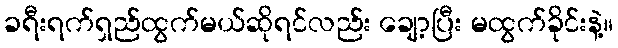
ခရီးရက်ရှည်ထွက်မယ်ဆိုရင်လည်း ချော့ပြီး မထွက်ခိုင်းနဲ့။